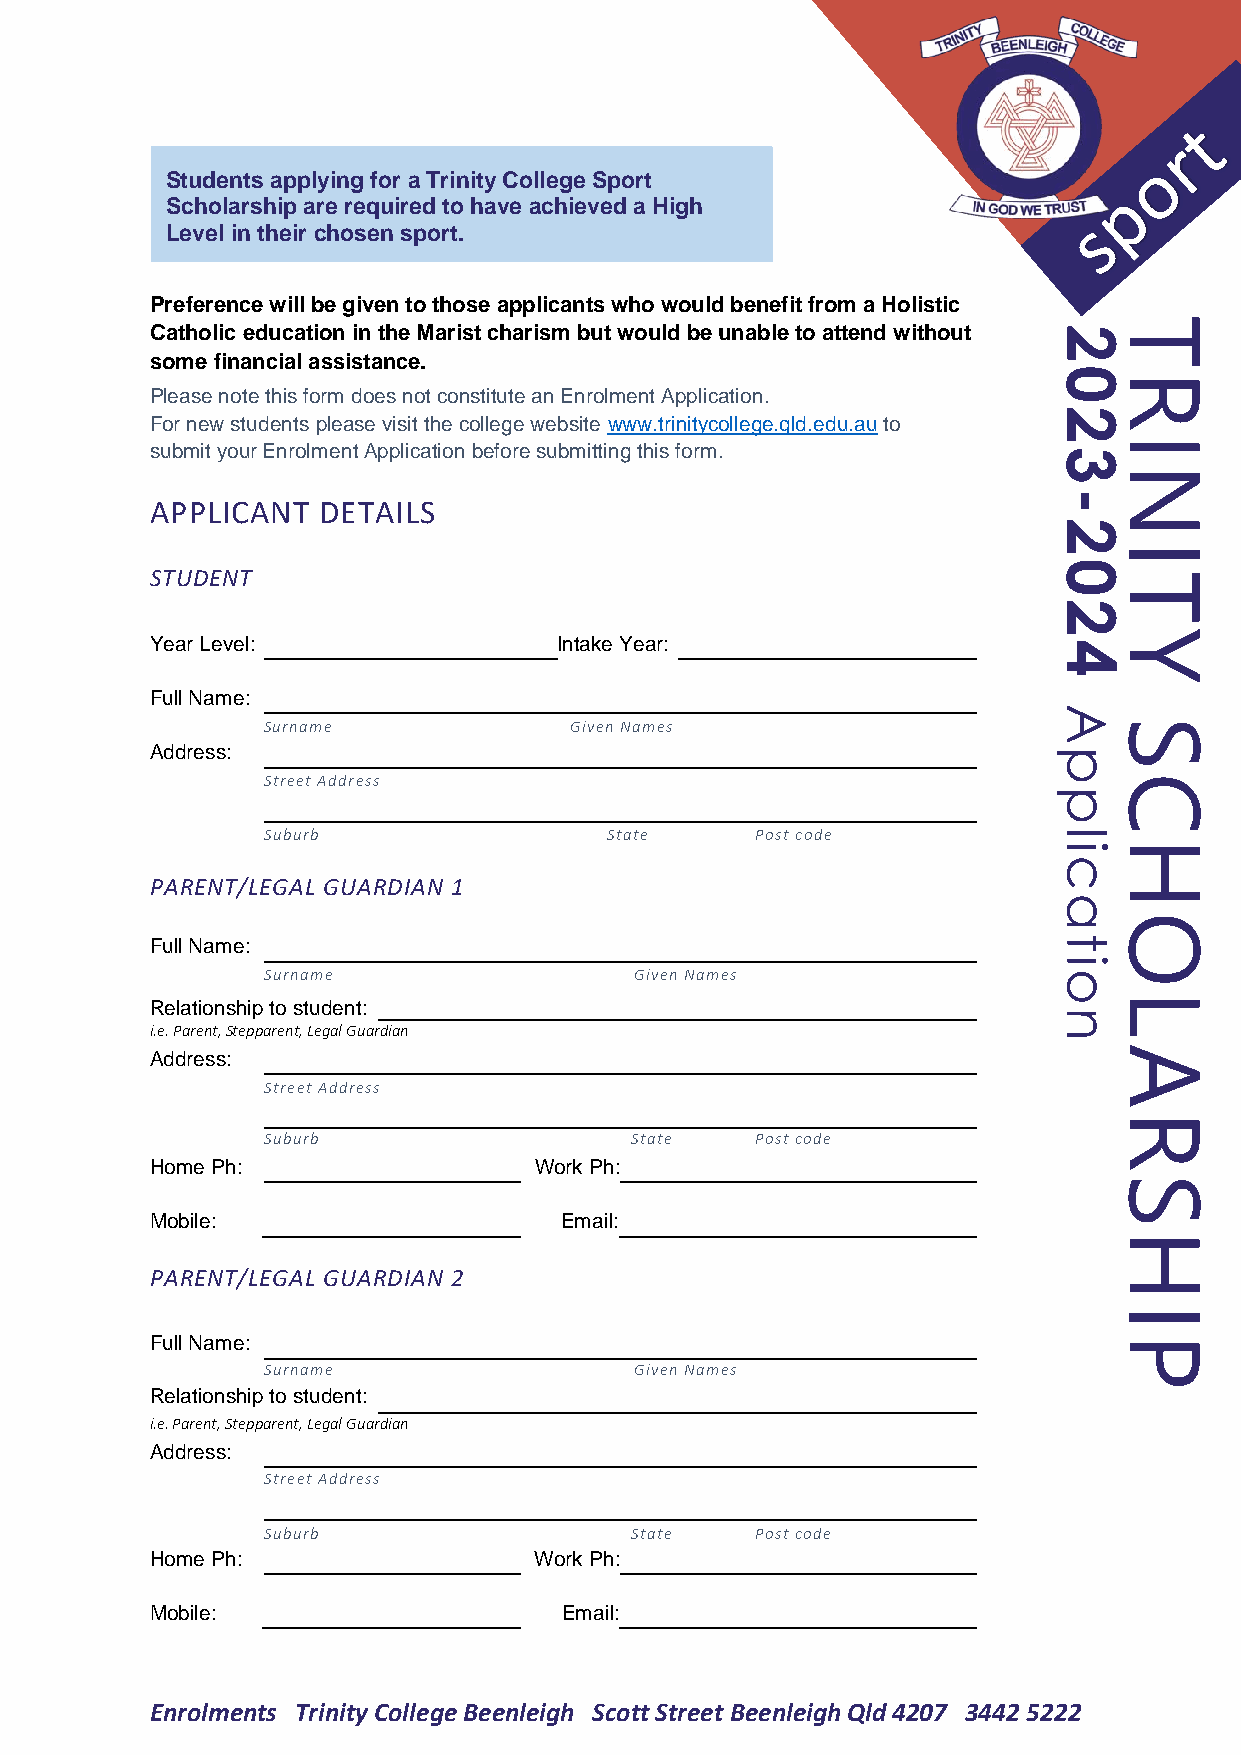
Students applying for a Trinity College Sport
 Scholarship are required to have achieved a High
 Level in their chosen sport.
 Preference will be given to those applicants who would benefit from a Holistic
 T
 Catholic education in the Marist charism but would be unable to attend without 2
 some financial assistance.
 0R
 Please note this form does not constitute an Enrolment Application.
 2
 For new students please visit the college website www.trinitycollege.qld.edu.au to
 I
 submit your Enrolment Application before submitting this form. 3
 N
 -
 APPLICANT  DETAILS
 2
 I
 0
 STUDENT                                                        T
 2
 Y
 Year Level:                Intake Year:                     4
 Full Name:
 A
 Surname              Given Names                        S
 Address:                                                    p
 Street Address                                          C
 p
 Suburb                 State     Post code           l
 iH
 c
 PARENT/LEGAL GUARDIAN 1
 a
 O
 Full Name:                                                  t
 i
 Surname                  Given Names                 o
 Relationship to student:
 L
 n
 i.e. Parent, Stepparent, Legal Guardian
 Address:                                                       A
 Street Address
 R
 Suburb                   State   Post code
 Home Ph:                 Work Ph:
 S
 Mobile:                    Email:
 H
 PARENT/LEGAL GUARDIAN 2
 I
 Full Name:                                                     P
 Surname                  Given Names
 Relationship to student:
 i.e. Parent, Stepparent, Legal Guardian
 Address:
 Street Address
 Suburb                   State   Post code
 Home Ph:                 Work Ph:
 Mobile:                    Email:
 Enrolments Trinity College Beenleigh Scott Street Beenleigh Qld 4207 3442 5222